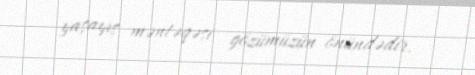
yaşayış məntəqəsi gözümüzün önündədir.